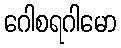
ဂေါစရဂါမော